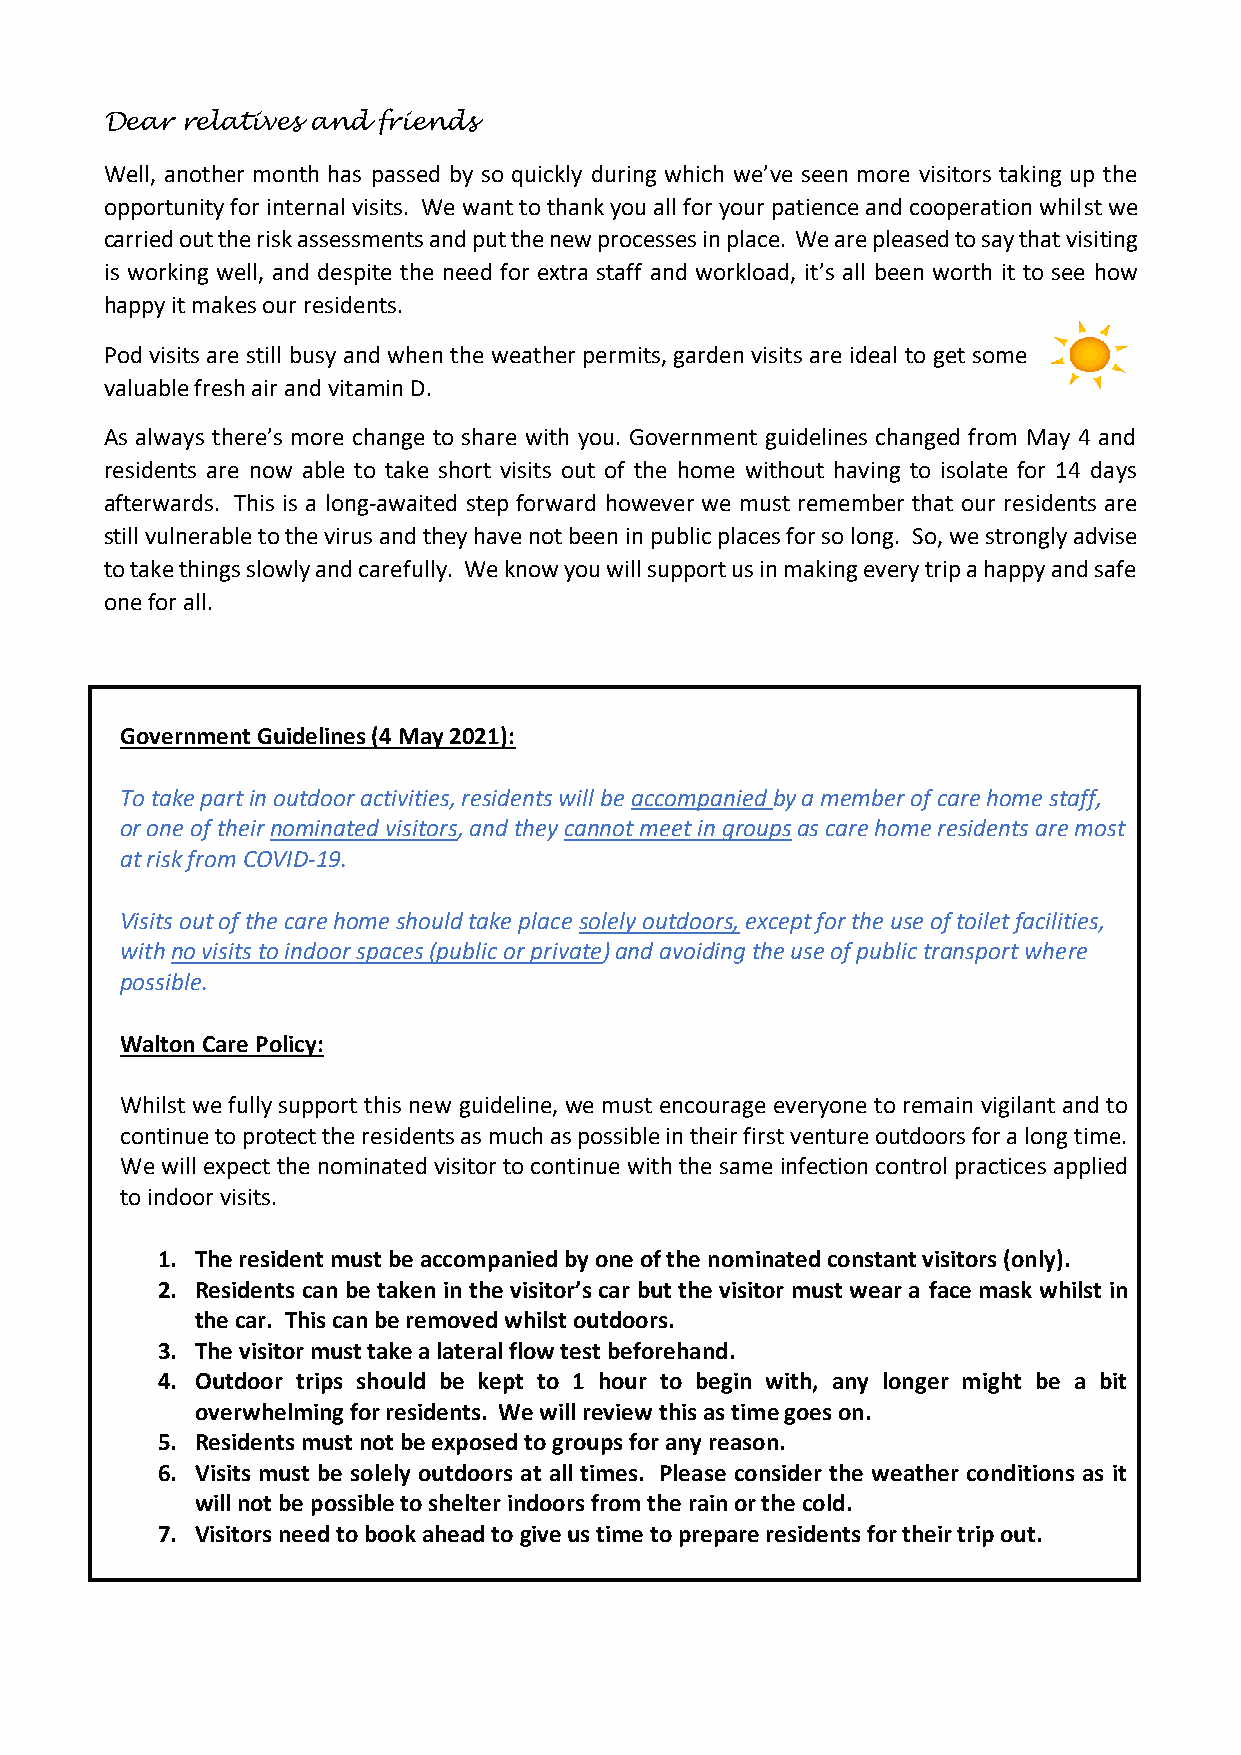
Dear relatives and friends
 Well, another month has passed by so quickly during which we’ve seen more visitors taking up the
 opportunity for internal visits. We want to thank you all for your patience and cooperation whilst we
 carried out the risk assessments and put the new processes in place. We are pleased to say that visiting
 is working well, and despite the need for extra staff and workload, it’s all been worth it to see how
 happy it makes our residents.
 Pod visits are still busy and when the weather permits, garden visits are ideal to get some
 valuable fresh air and vitamin D.
 As always there’s more change to share with you. Government guidelines changed from May 4 and
 residents are now able to take short visits out of the home without having to isolate for 14 days
 afterwards. This is a long-awaited step forward however we must remember that our residents are
 still vulnerable to the virus and they have not been in public places for so long. So, we strongly advise
 to take things slowly and carefully. We know you will support us in making every trip a happy and safe
 one for all.
 Government Guidelines (4 May 2021):
 To take part in outdoor activities, residents will be accompanied by a member of care home staff,
 or one of their nominated visitors, and they cannot meet in groups as care home residents are most
 at risk from COVID-19.
 Visits out of the care home should take place solely outdoors, except for the use of toilet facilities,
 with no visits to indoor spaces (public or private) and avoiding the use of public transport where
 possible.
 Walton Care Policy:
 Whilst we fully support this new guideline, we must encourage everyone to remain vigilant and to
 continue to protect the residents as much as possible in their first venture outdoors for a long time.
 We will expect the nominated visitor to continue with the same infection control practices applied
 to indoor visits.
 1. The resident must be accompanied by one of the nominated constant visitors (only).
 2. Residents can be taken in the visitor’s car but the visitor must wear a face mask whilst in
 the car. This can be removed whilst outdoors.
 3. The visitor must take a lateral flow test beforehand.
 4. Outdoor trips should be kept to 1 hour to begin with, any longer might be a bit
 overwhelming for residents. We will review this as time goes on.
 5. Residents must not be exposed to groups for any reason.
 6. Visits must be solely outdoors at all times. Please consider the weather conditions as it
 will not be possible to shelter indoors from the rain or the cold.
 7. Visitors need to book ahead to give us time to prepare residents for their trip out.